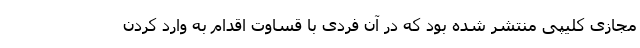
مجازی کلیپی منتشر شده بود که در آن فردی با قساوت اقدام به وارد کردن